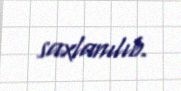
saxlanılıb.